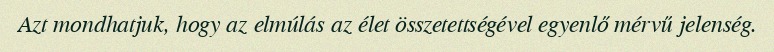
Azt mondhatjuk, hogy az elmúlás az élet összetettségével egyenlő mérvű jelenség.